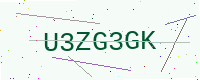
Text: U3ZG3GK